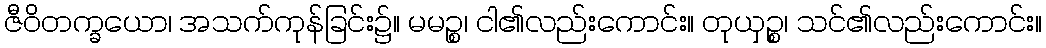
ဇီဝိတက္ခယော၊ အသက်ကုန်ခြင်း၌။ မမဉ္စ၊ ငါ၏လည်းကောင်း။ တုယှဉ္စ၊ သင်၏လည်းကောင်း။